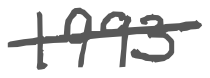
Text: 1993
Cross-out: single-line
Writing tool: digital_gray